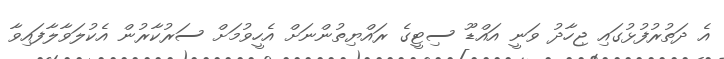
އެ ދަތުރުފުޅުގައި ޖިހާދު ވަނީ އައްޑޫ ސިޓީގެ ރައްޔިތުންނަށް އެހީވުމަށް ސަރުކާރުން އެކުލަވާލާފައިވާ